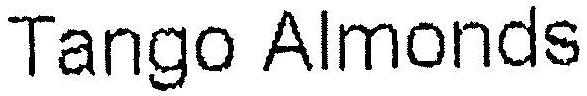
TANGO ALMONDS